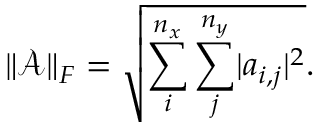
\| \mathcal { A } \| _ { F } = \sqrt { \sum _ { i } ^ { n _ { x } } \sum _ { j } ^ { n _ { y } } \lvert a _ { i , j } \rvert ^ { 2 } } .